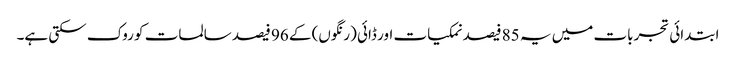
ابتدائی تجربات میں یہ 85 فیصد نمکیات اور ڈائی (رنگوں) کے 96 فیصد سالمات کو روک سکتی ہے۔